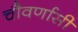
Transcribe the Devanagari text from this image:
चौवर्णासी